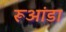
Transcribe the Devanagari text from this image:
रूआंडा